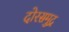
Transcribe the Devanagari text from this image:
दोरसमुद्र